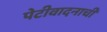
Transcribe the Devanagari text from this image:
पेटीवादनाची